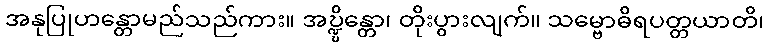
အနုပြုဟန္တောမည်သည်ကား။ အဎ္ဍ္ဎိန္တော၊ တိုးပွားလျက်။ သမ္ဗောဓိရပတ္တယာတိ၊